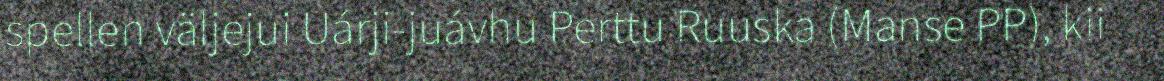
spellen väljejui Uárji-juávhu Perttu Ruuska (Manse PP), kii